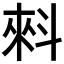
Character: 𰂤